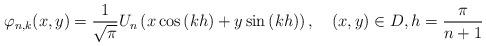
LaTeX: \begin{align*}\varphi_{n,k}(x,y)=\frac{1}{\sqrt{\pi}}U_{n}\left( x\cos\left( kh\right)+y\sin\left( kh\right) \right) ,\quad\left( x,y\right) \in D,h=\frac{\pi}{n+1}\end{align*}